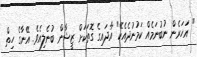
" އަހަރެން ނުބުނަމެއް ކަމުނުދެއެކޭ" އާދައިގެ ގޮތަކަށް ޒީޝާން ބުނެލިއެވެ. އޭނާގެ ހިތް